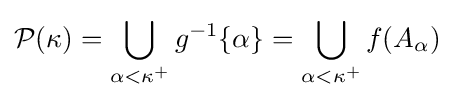
{\mathcal {P}}(\kappa )=\bigcup _{\alpha <\kappa ^{+}}g^{-1}\{\alpha \}=\bigcup _{\alpha <\kappa ^{+}}f(A_{\alpha })